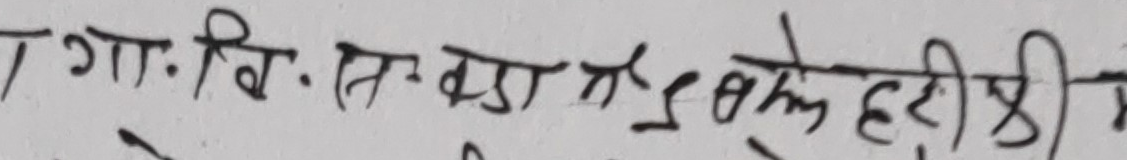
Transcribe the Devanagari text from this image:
गा.वि.स. वडा नं ५०४ के हुदी भी